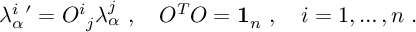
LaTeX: \lambda _ { \alpha } ^ { i } { ' } = { O ^ { i } } _ { j } \lambda _ { \alpha } ^ { j } \ , \quad O ^ { T } O = { \bf 1 } _ { n } \ , \quad i = 1 , \dots , n \; .